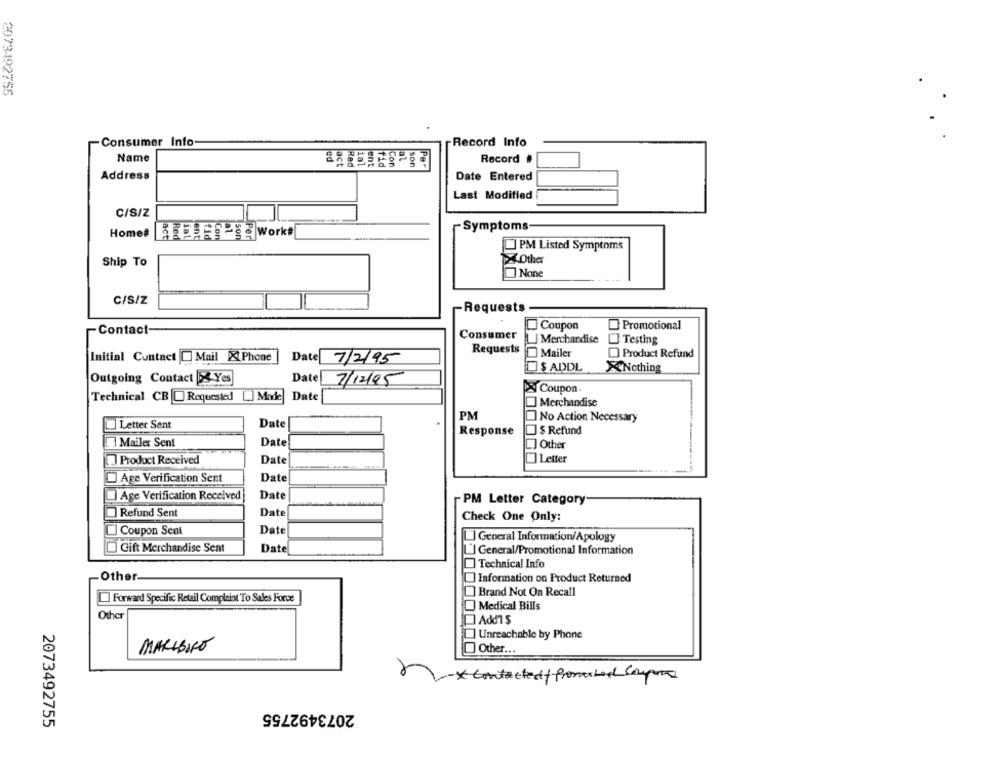
2073492755
Consumer Info
Record Info
Name
Pe
Record #
Con
son
Address
Date Entered
Last Modified
C/S/Z
Symptoms
Home#
HEREge work#
] PM Listed Symptoms
Other
Ship To
C/S/Z
Requests
Coupon
Promotional
-Contact-
Consumer
J Merchandise
] Testing
Requests
Mailer
Product Refund
Initial Contact Mail X Phone
Date 7/2/95
$ ADDL
XNothing
Outgoing Contact |X Yes
Date
7/12/95
Coupon
Date
Technical CB Requested [ .. ] Made
Merchandise
PM
No Action Necessary
Letter Sent
Date
Response
$ Refund
Mailer Sent
Date
[] Other
Product Received
Date
]Letter
Age Verification Sent
Date
Age Verification Received
Date
PM Letter Category
Refund Sent
Date
Check One Only:
Coupon Sent
Date
1] General Information/Apology
Gift Merchandise Sent
Date
1"] General/Promotional Information
Technical Info
Other-
Information on Product Returned
Brand Not On Recall
Forward Specific Retail Complaint To Sales Force
Medical Bills
Othe
Add1 $
Unreachable by Phone
MARIBIRO
Other ...
* Contacted+ promised compor
2073492755
2073492755